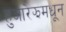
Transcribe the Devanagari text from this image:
हुआरेझमधून